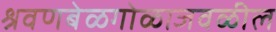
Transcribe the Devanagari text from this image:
श्रवणबेळगोळाजवळील